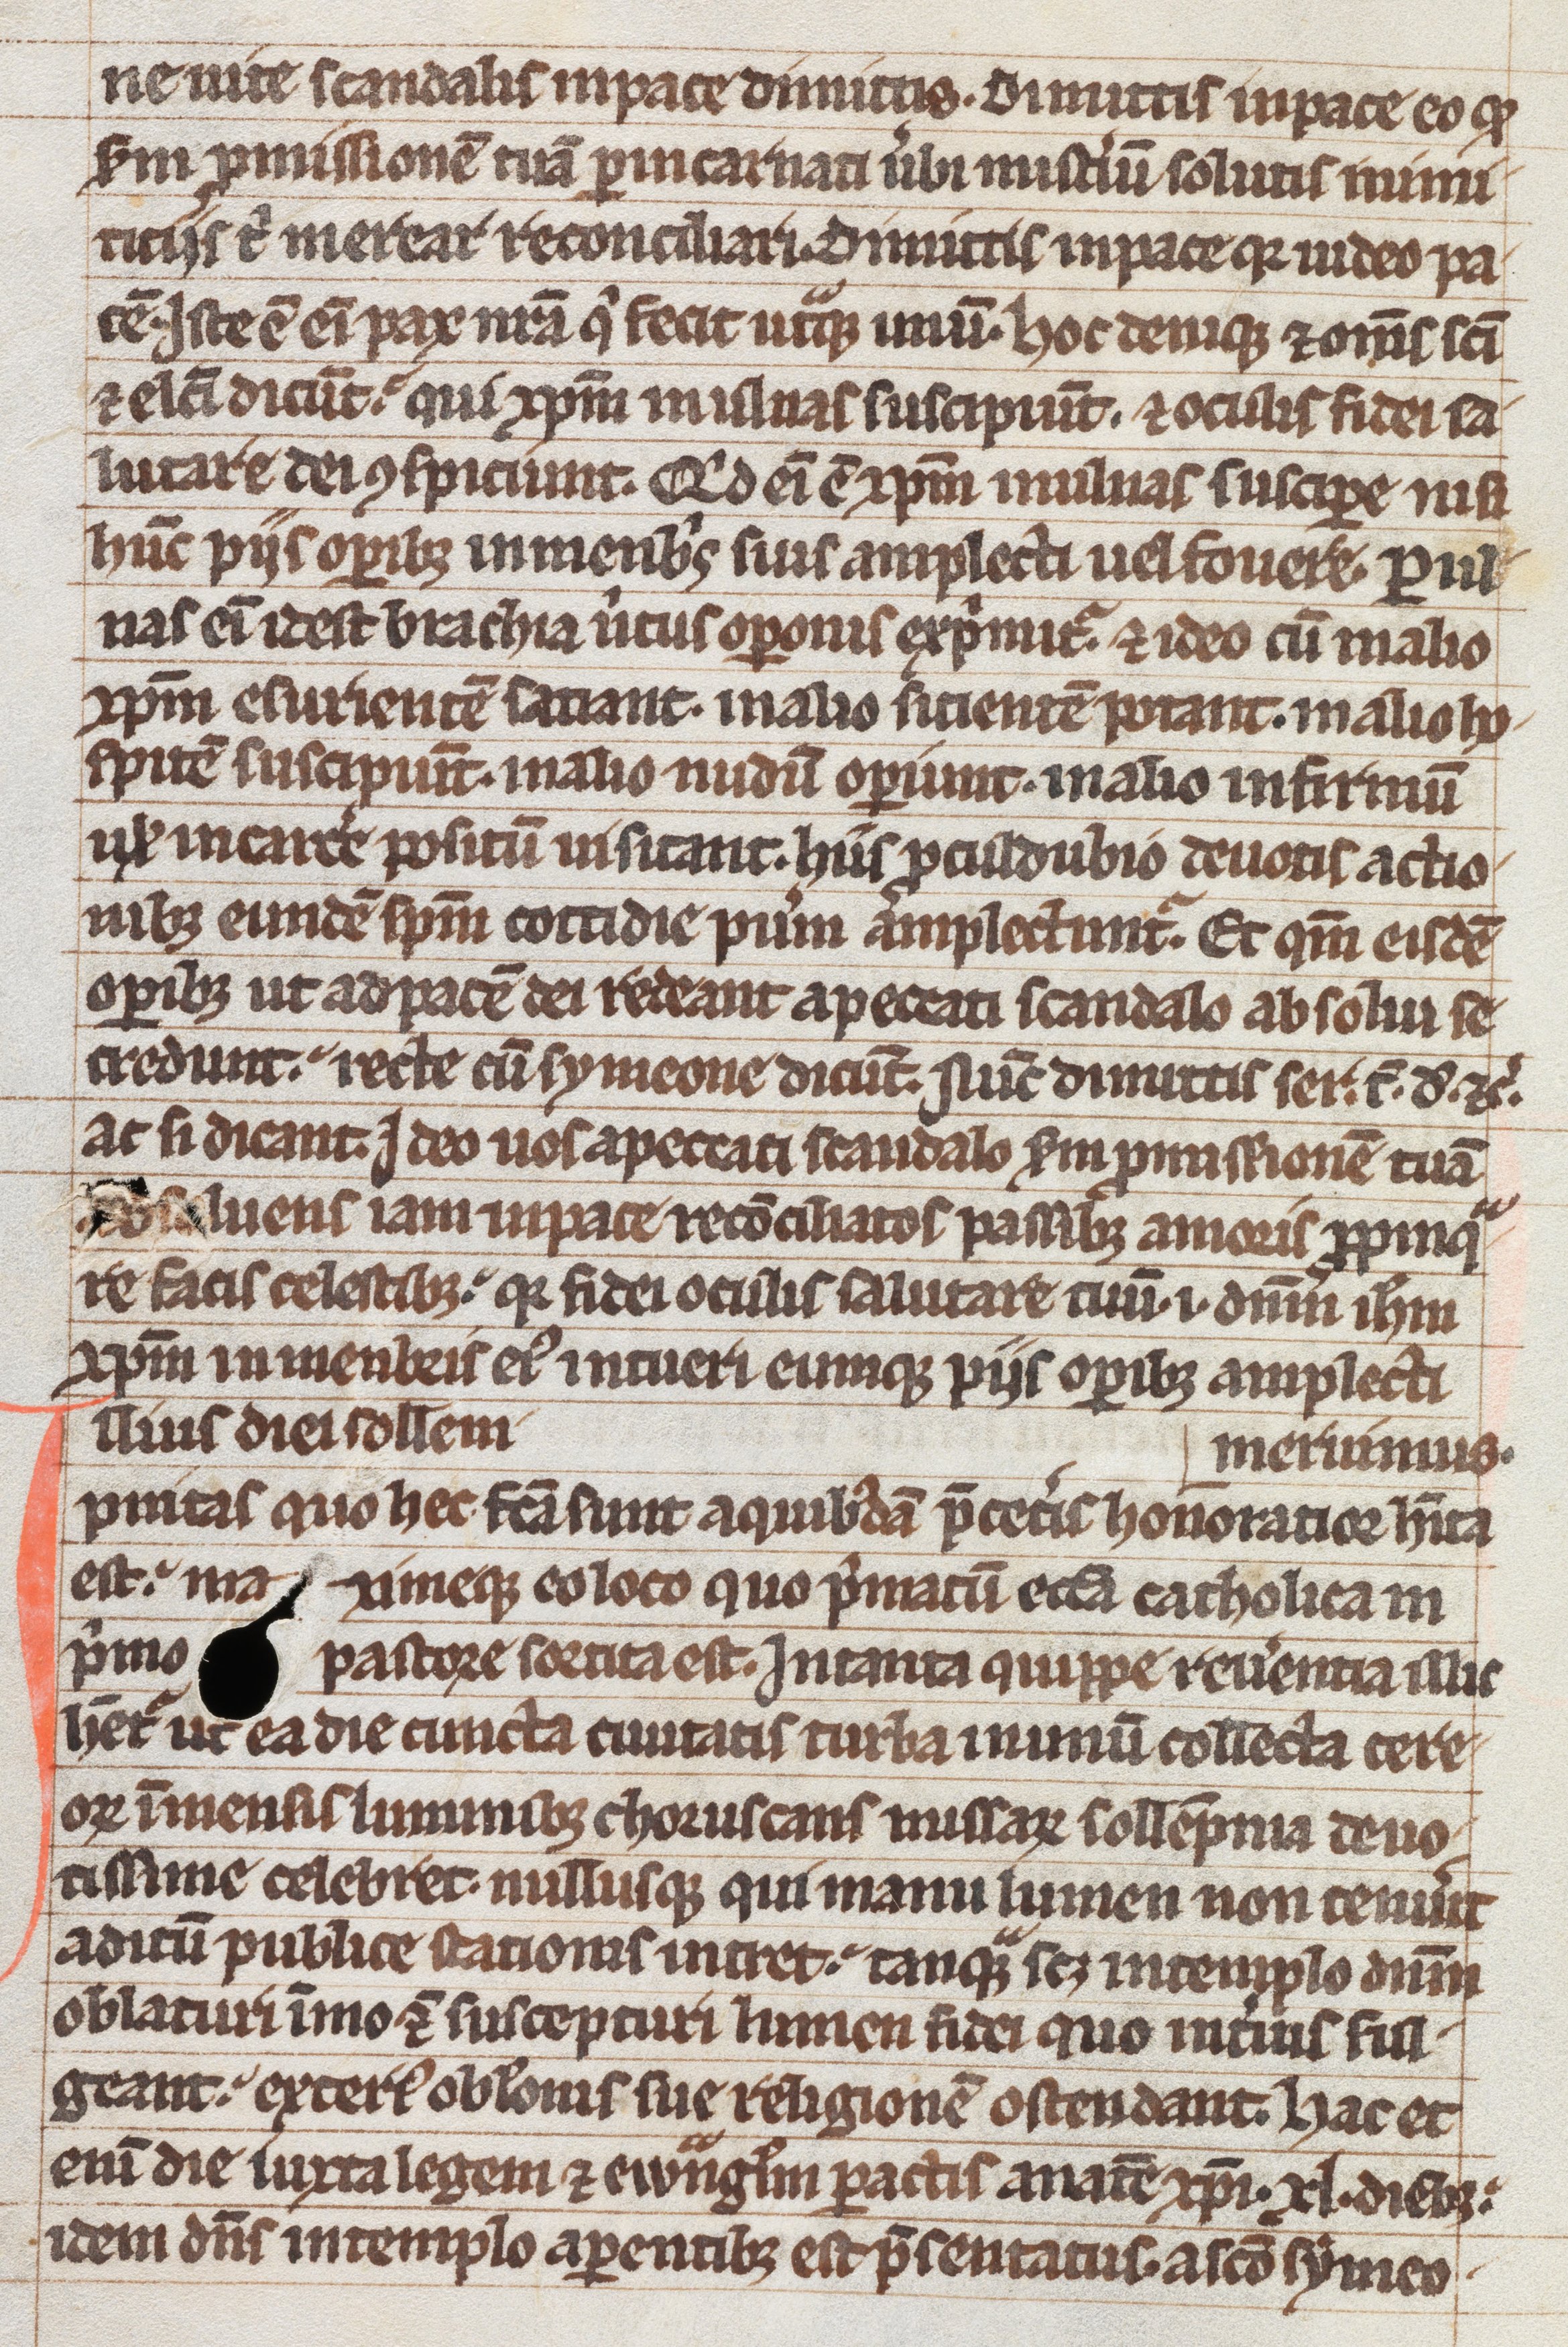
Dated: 1300–1399